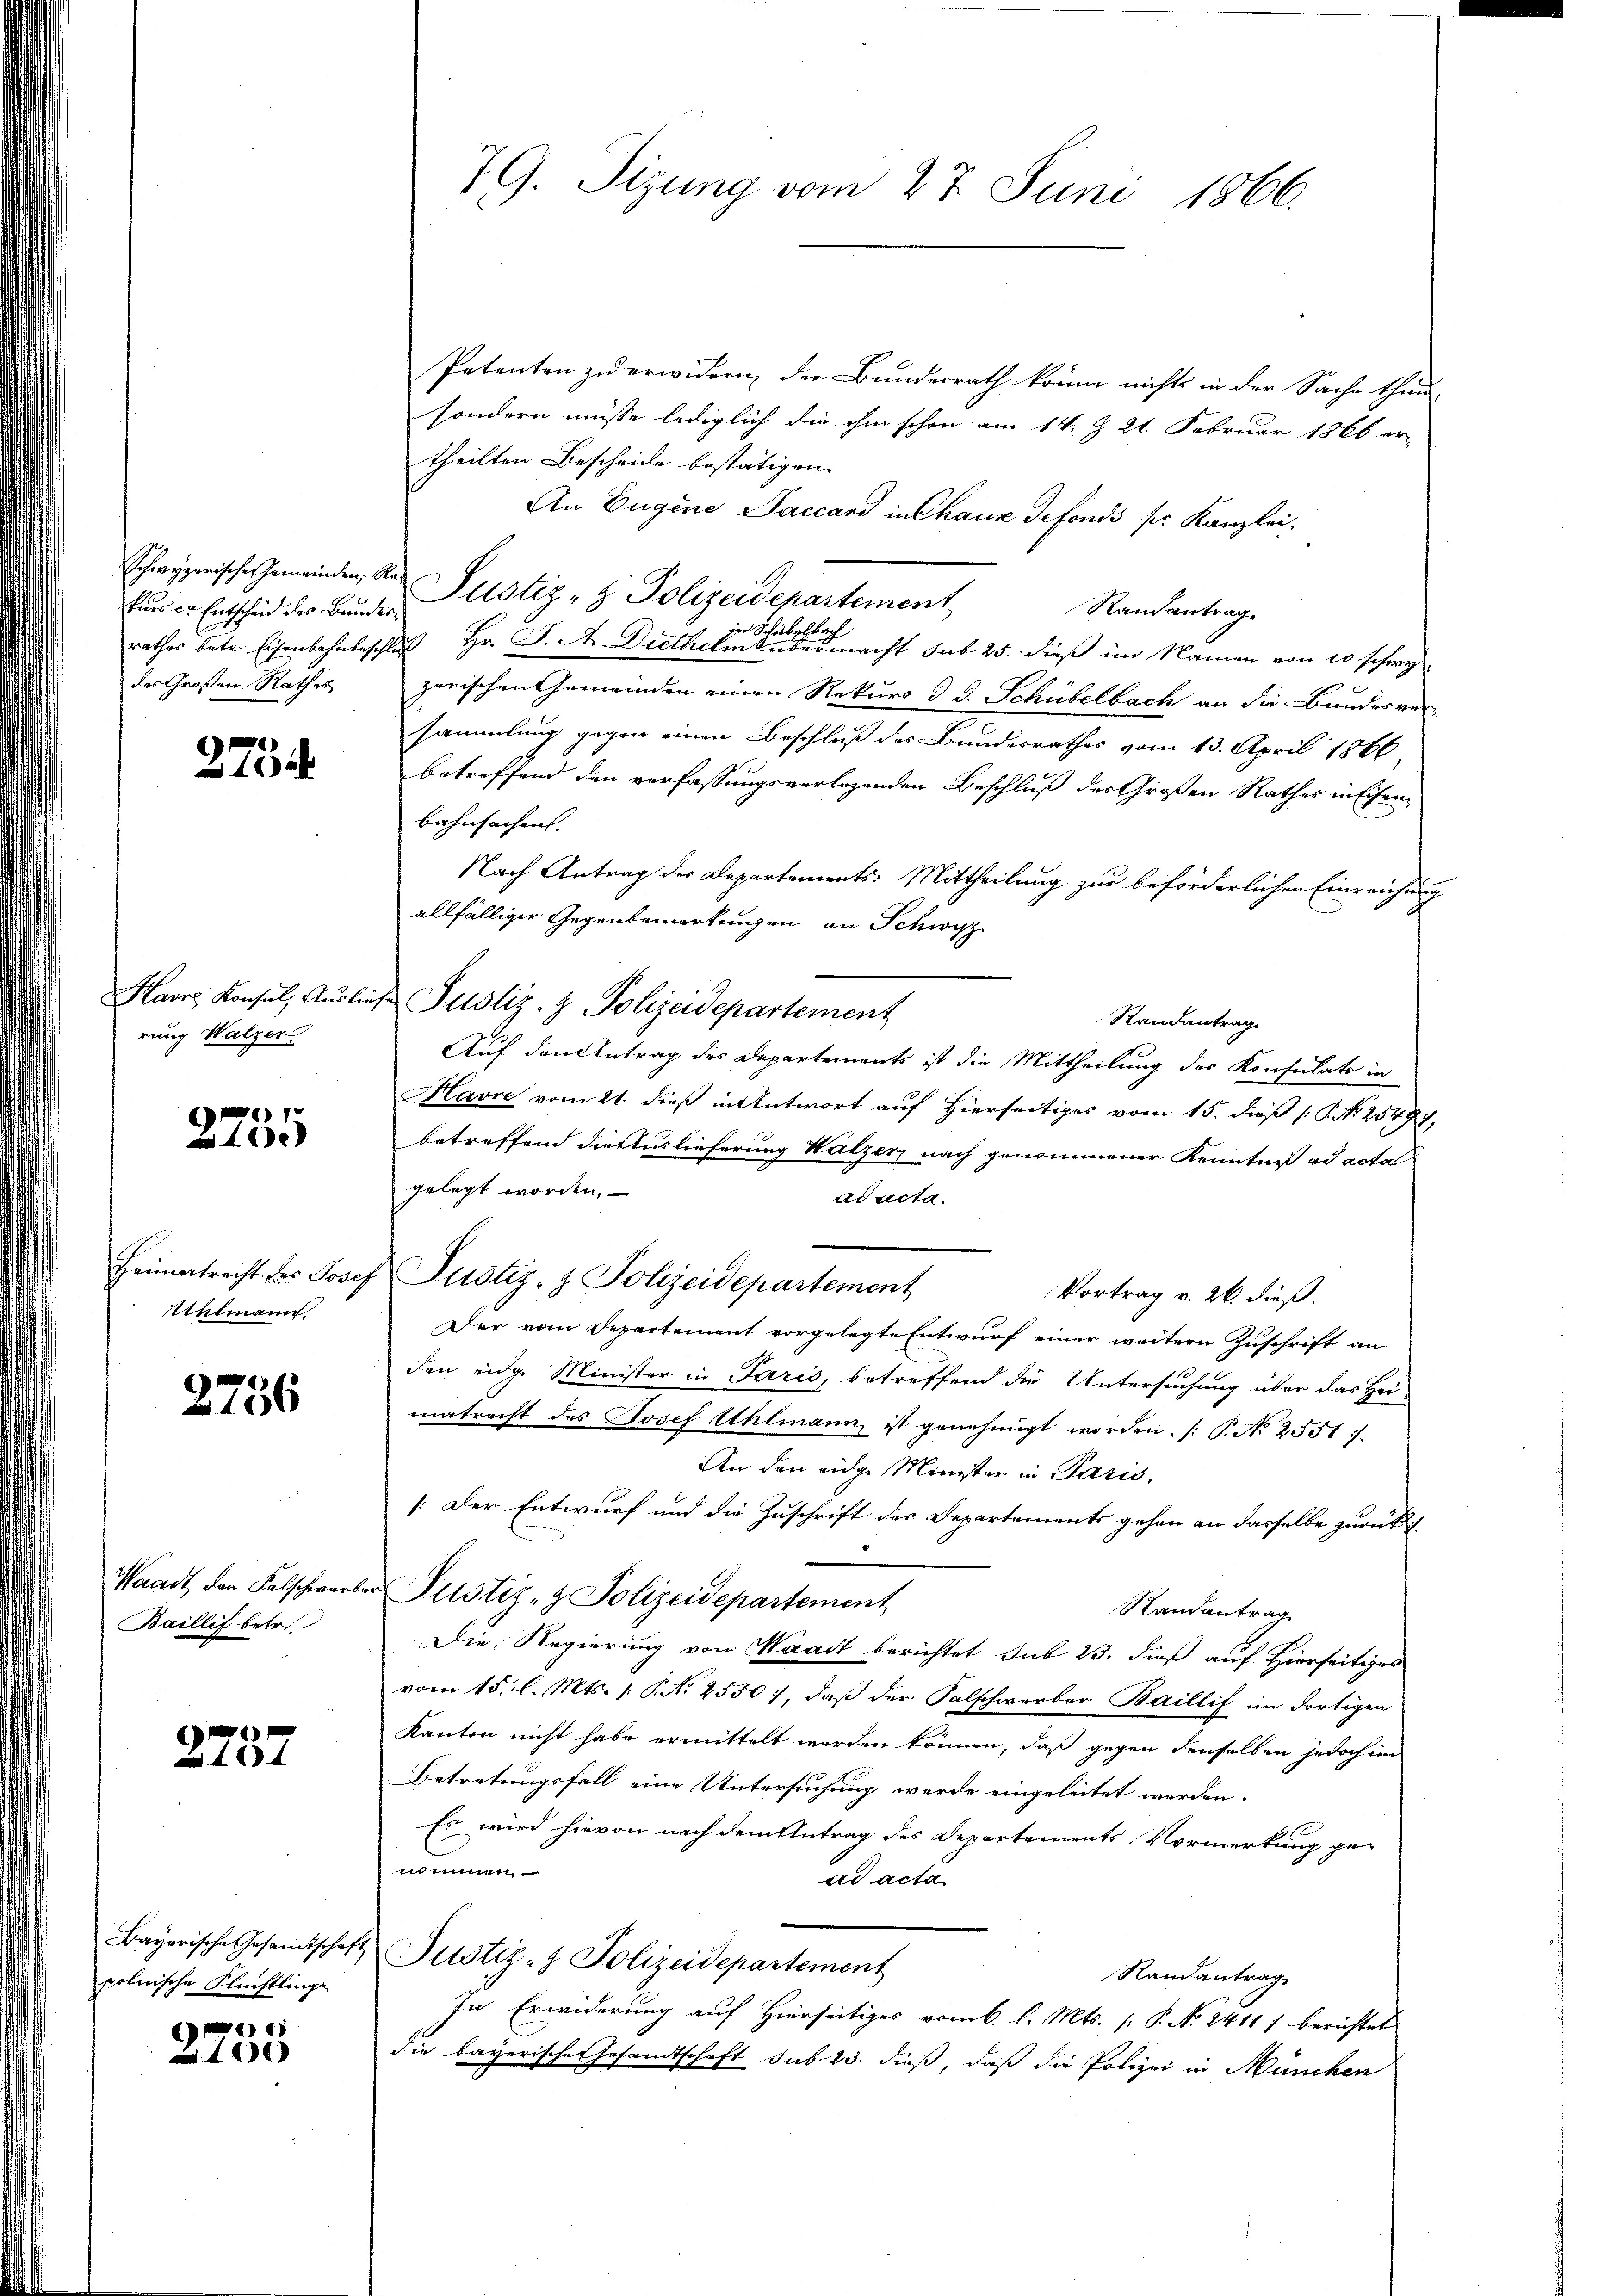
fürs er Entscheid des Bundesdes Großen Rathes

2734

Havre Konsul, Auslin,
rung Walzer

61
 41

Heimatracht des Josef
Uhlmann

2756

Waadt den Falschwarb
Baillif betr.

xx

Bayerische Gesamtschaft
polnische Flüchtlinge

e
1100

79. Sitzung vom 27. Juni 1866.

Patenten zu erwidern der Bundesrath könne nichts in der Sache thun
sondern müsse lediglich die ihm schon am 14. Z. 21. Februar 1866 er-
theilten Bescheide bestätigen.
An Eugene Saccand in Chause defonds sr. Kanzlei.
Schwyzerisches Gemeinden, der Justiz- & Polizeidepartement
Randantrag.
rathes betr. Eisenbahnbeschluß Hr. J. A. Diethel                 macht sub 25. dieß im Namen von 20 schwe
zerischen Gemeinden einen Rekurs d. d. Schübelbach an die Bundesver-
sammlung gegen einen Beschluß des Bundesrathes vom 13. April 1866
betreffend den verfassungsverlegenden Beschluß der Großen Rathes in Eisenbahnfachen.
Nach Antrag der Departements: Mittheilung zur beförderlichen Einreichung
allfälliger Gegenbemerkungen an Schwyz
Justiz- & Polizeidepartement
Randantrag
Auf den Antrag des Departements ist die Mittheilung der Konsulats in
Havre vom 21. dieß in Antwort auf Hierseitiges vom 15. dieß P. Nr. 25497,
betreffend die Auslieferung Walzer nach genommener Kenntniß ad acta
gelegt worden.
ad acta.
Justiz- & Polizeidepartement
Vortrag v. 26. dieß.
Der vom Departement vorgelegte Entwurf einer weitern Zuschrift an
den eidge Minister in Paris, betreffend die Untersuchung über das Hei-
matracht des Josef Uhlmann, ist genehmigt worden. /: P. No 2551).
An den eidge Minister in Paris,
1. Der Entwurf und die Zuschrift des Departements gehen an dasselbe zurücklich
Justiz- & Polizeidepartement
Namantrag
Die Regierung von Waadt berichtet sub 23. dieß auf Hierseitiges
vom 15. l. Mts. 1. P. N. 2550), daß der Falschwerber Baillif im dortigen
Kanton nicht habe ermittelt werden können, daß gegen denselben jedoch im
Betretungsfall eine Untersuchung werde eingeleitet werden.
Es wird hievon nach dem Antrag des Departements Vormerkung ge-
nimmen
ad acta
Justiz- & Polizeidepartement
Randantrag
In Erwiderung auf Hierseitiges vom 6. l. Mts. (: P. N. 2411 f berichtet
die bayerischen Gesandtschaft sub 23. dieß, daß die Polizei in München